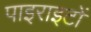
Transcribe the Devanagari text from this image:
पाइराइटों